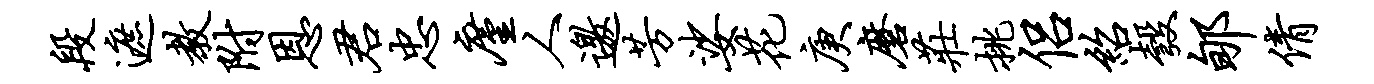
段遮教附恩君忠廑人邀芳娑花庚磨庄挑侣绍彀郇倩